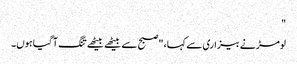
"
لومڑ نے بیزاری سے کہا، "صبح سے بیٹھے بیٹھے تنگ آ گیا ہوں۔